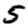
Digit: 5